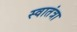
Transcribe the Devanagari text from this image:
स्वातंत्रा